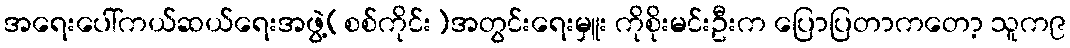
အရေးပေါ်ကယ်ဆယ်ရေးအဖွဲ့(စစ်ကိုင်း)အတွင်းရေးမှူး ကိုစိုးမင်းဦးက ပြောပြတာကတော့ သူက၉